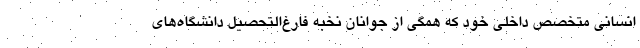
انسانی متخصص داخلی خود که همگی از جوانان نخبه فارغ­التحصیل دانشگاه­های